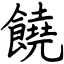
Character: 饒